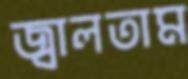
জ্বালতাম